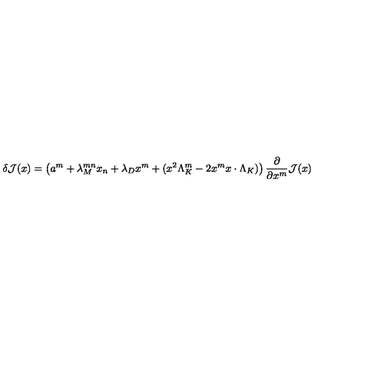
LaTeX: \delta { \cal J } ( x ) = \left( a ^ { m } + \lambda _ { M } ^ { m n } x _ { n } + \lambda _ { D } x ^ { m } + ( x ^ { 2 } \Lambda _ { K } ^ { m } - 2 x ^ { m } x \cdot \Lambda _ { K } ) \right) { \frac { \partial } { \partial x ^ { m } } } { \cal J } ( x )